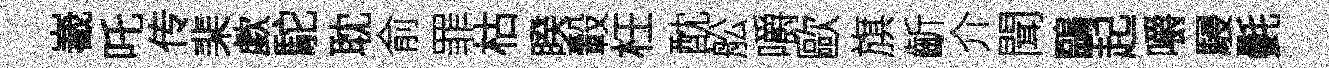
嶻吒传棐歔駝耽俞罪枯睽轂枉酖舩嚼歐旗齗介聞鷗起嚼駸㲲